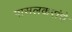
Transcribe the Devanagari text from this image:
पासलकरांचे